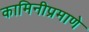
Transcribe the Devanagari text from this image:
कामिनीप्रमाणे